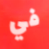
في